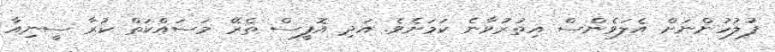
ފުލުހުންނަށް އެލަވެންސް އިތުރުވާނެ ކަމަށެވެ. އަދި އޮފީސް ތެރޭ މަސައްކަތް ކުރާ ސީނިއާ